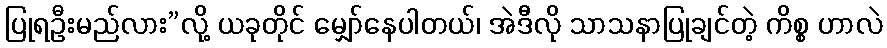
ပြုရဦးမည်လား”လို့ ယခုတိုင် မျှော်နေပါတယ်၊ အဲဒီလို သာသနာပြုချင်တဲ့ ကိစ္စ ဟာလဲ